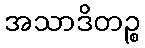
အသာဒိတဉ္စ